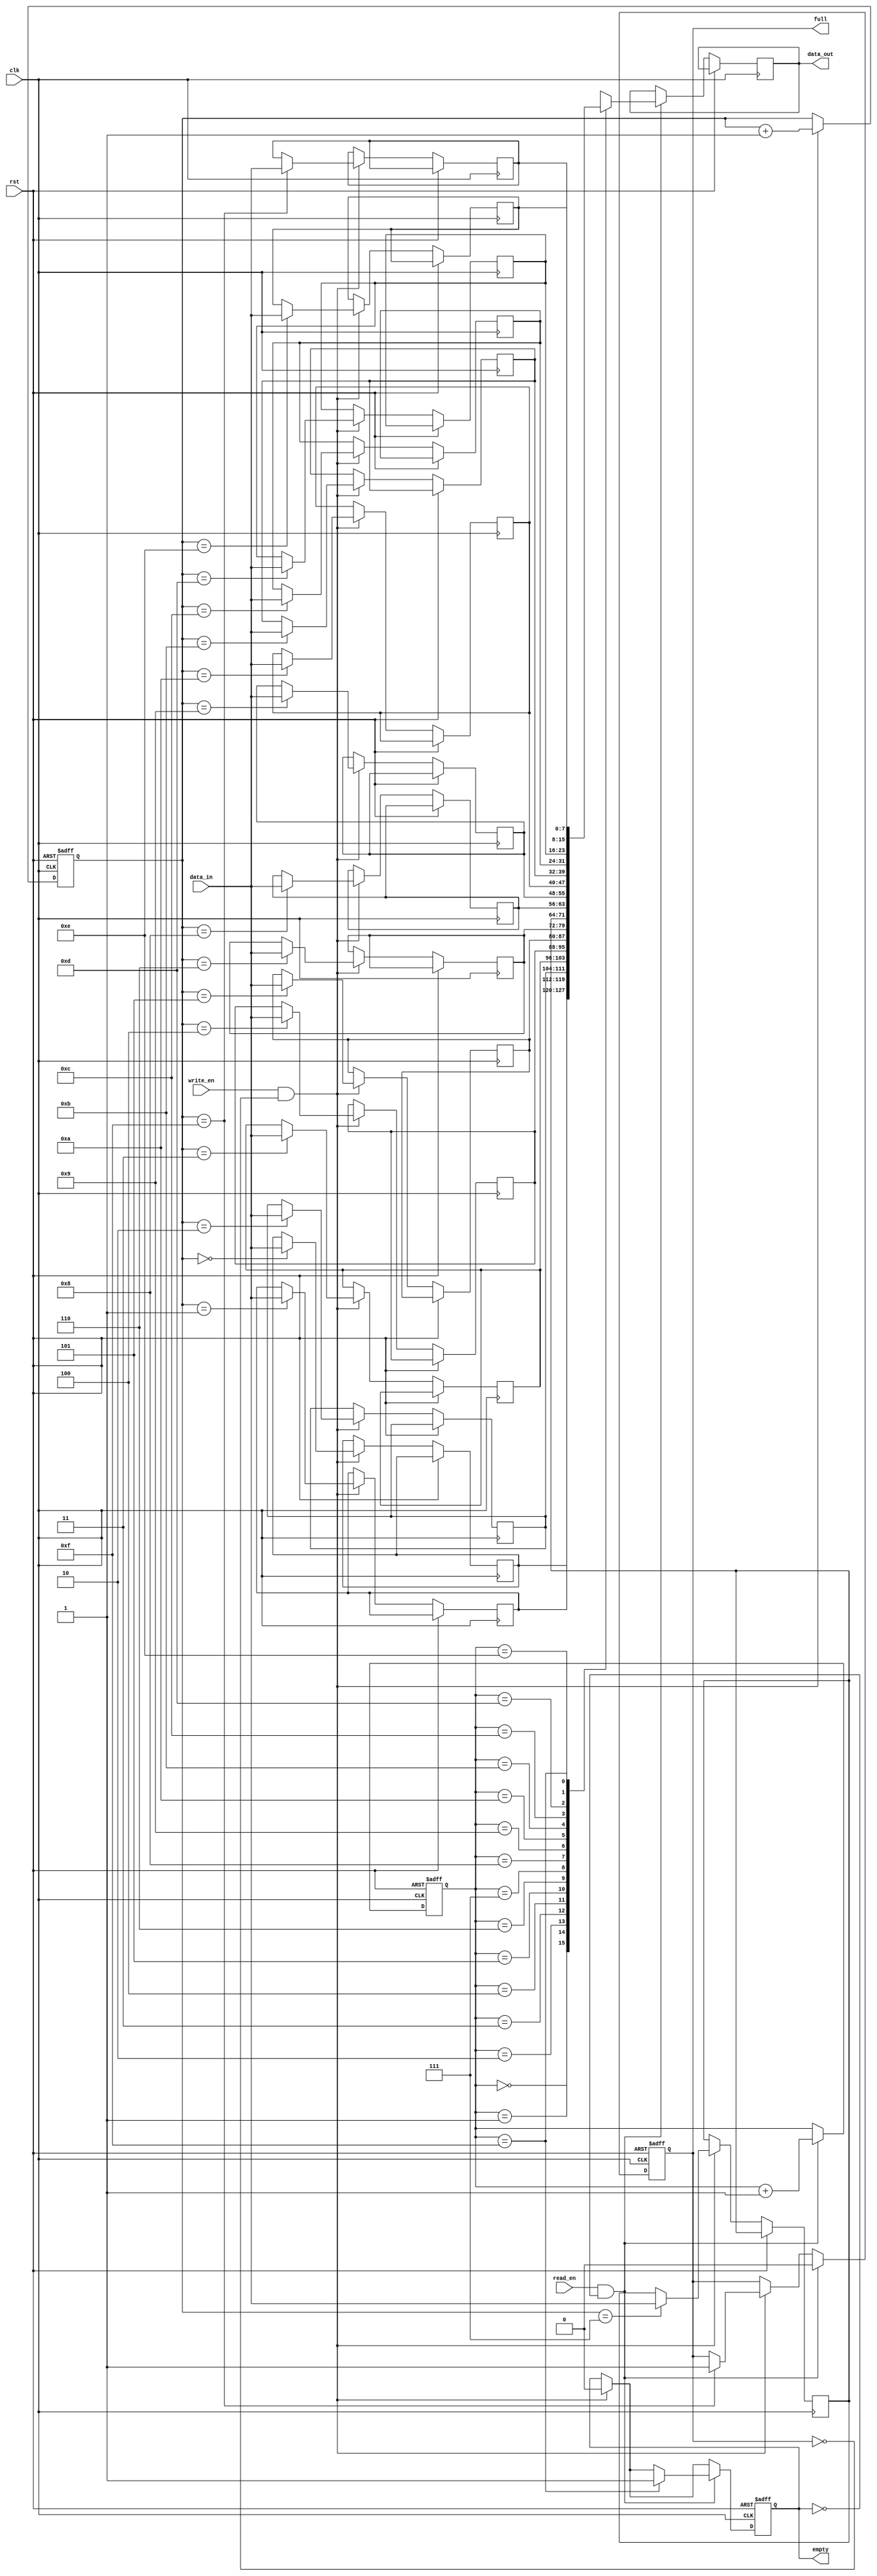
module FIFO_buffer (
  input wire clk,
  input wire rst,
  input wire write_en,
  input wire read_en,
  input wire [DATA_WIDTH-1:0] data_in,
  output wire [DATA_WIDTH-1:0] data_out,
  output wire empty,
  output wire full
);

parameter DEPTH = 16; // Depth of the FIFO buffer
parameter ADDR_WIDTH = $clog2(DEPTH); // address width for memory array
parameter DATA_WIDTH = 8; // data width for data in and data out

reg [ADDR_WIDTH-1:0] write_ptr;
reg [ADDR_WIDTH-1:0] read_ptr;
reg [DATA_WIDTH-1:0] memory[0:DEPTH-1];
reg full;
reg empty;

always @(posedge clk or posedge rst)
begin
  if (rst) begin
    write_ptr <= 0;
    read_ptr <= 0;
    full <= 0;
    empty <= 1;
  end
  else begin
    if (write_en && !full) begin
      memory[write_ptr] <= data_in;
      write_ptr <= write_ptr + 1;
      if (write_ptr == DEPTH-1)
        full <= 1;
      empty <= 0;
    end
    if (read_en && !empty) begin
      data_out <= memory[read_ptr];
      read_ptr <= read_ptr + 1;
      if (read_ptr == DEPTH-1)
        empty <= 1;
      full <= 0;
    end
  end
end

endmodule